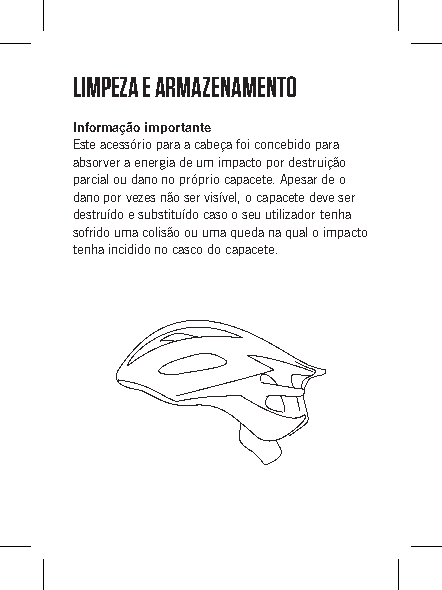
LIMPEZA E ARMAZENAMENTO
 Informação importante
 Este acessório para a cabeça foi concebido para
 absorver a energia de um impacto por destruição
 parcial ou dano no próprio capacete. Apesar de o
 dano por vezes não ser visível, o capacete deve ser
 destruído e substituído caso o seu utilizador tenha
 sofrido uma colisão ou uma queda na qual o impacto
 tenha incidido no casco do capacete.